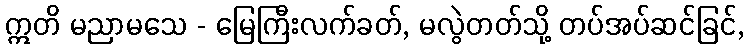
ဣတိ မညာမသေ - မြေကြီးလက်ခတ်, မလွဲတတ်သို့ တပ်အပ်ဆင်ခြင်,